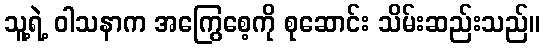
သူ့ရဲ့ ဝါသနာက အကြွေစေ့ကို စုဆောင်း သိမ်းဆည်းသည်။